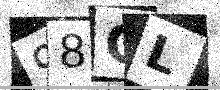
Text: 98GL